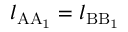
l _ { \mathrm { A A _ { 1 } } } = l _ { \mathrm { B B _ { 1 } } }